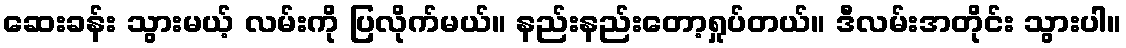
ဆေးခန်း သွားမယ့် လမ်းကို ပြလိုက်မယ်။ နည်းနည်းတော့ရှုပ်တယ်။ ဒီလမ်းအတိုင်း သွားပါ။